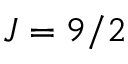
J = 9 / 2